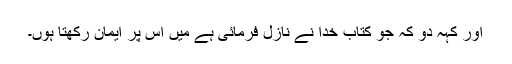
اور کہہ دو کہ جو کتاب خدا نے نازل فرمائی ہے میں اس پر ایمان رکھتا ہوں۔